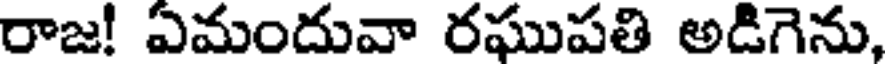
రాజ! ఏమందువా రఘుపతి అడిగెను,